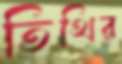
তিথির